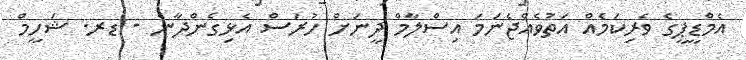
އެމްޑީޕީގެ ވެރިކަމެއް އަތުވެއްޖެނަމަ އިސްލާމް ދީނަށް ހުރަސް އެޅިގެންދާނެ - ޑރ. ޝަހީމް